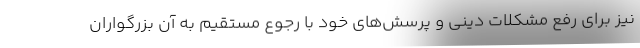
نیز برای رفع مشکلات دینی و پرسش‌های خود با رجوع مستقیم به آن بزرگواران